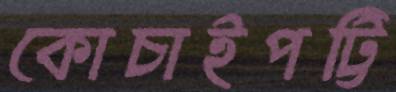
কোচাইপট্টি